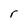
Character: r